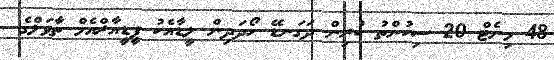
48 މިނެޓް 20 ސިކުންތު ކުރިން ދަގަނޑޭ ހޯދަދިން ލީޑާއެކު ޕީޑީއާރްއެމް ތާވަލްގެ